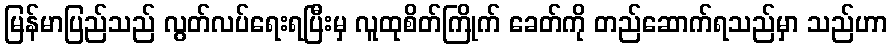
မြန်မာပြည်သည် လွတ်လပ်ရေးရပြီးမှ လူထုစိတ်ကြိုက် ခေတ်ကို တည်ဆောက်ရသည်မှာ သည်ဟာ